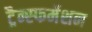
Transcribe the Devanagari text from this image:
ट्रैन्स्फर्मेशन